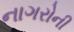
નાગરોની